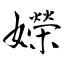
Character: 嬫